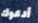
أدعوك